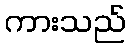
ကားသည်